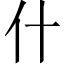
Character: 什